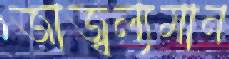
জাজ্বল্যমান